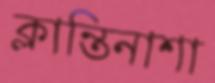
ক্লান্তিনাশা